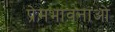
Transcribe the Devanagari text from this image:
प्रेमभावनाओं